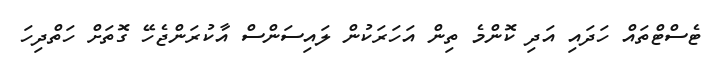
ޓެސްޓްތައް ހަދައި އަދި ކޮންމެ ތިން އަހަރަކުން ލައިސަންސް އާކުރަންޖެހޭ ގޮތަށް ހަތްދިހަ